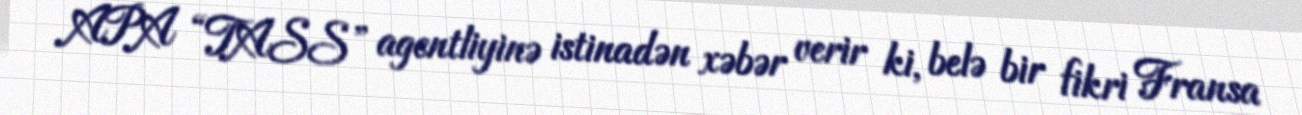
APA “TASS” agentliyinə istinadən xəbər verir ki, belə bir fikri Fransa